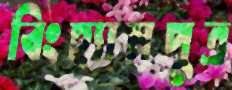
বিংহ্যামপুত্র